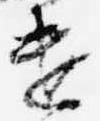
遣